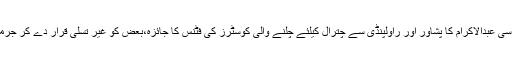
اے ڈی سی منہاس الدین اور اے سی عبدالاکرام کا پشاور اور راولپنڈی سے چترال کیلئے چلنے والی کوسٹرز کی فٹنس کا جائزہ،بعض کو غیر تسلی قرار دے کر جرمانہ اور تھانے میں بند کردیا گیا۔